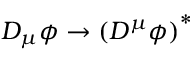
D _ { \mu } \phi \to \left( D ^ { \mu } \phi \right) ^ { * }